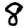
Digit: 8